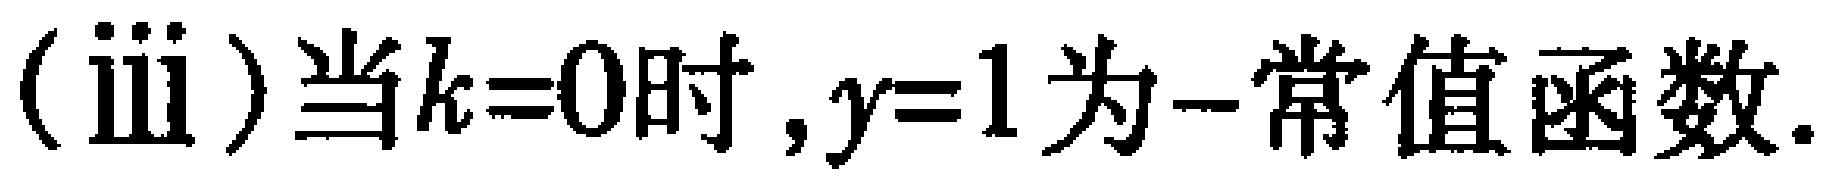
(iii)当\(k = 0\)时，\(y = 1\)为一常值函数.